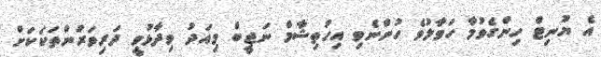
އެ ޔުނިޓް ހިންގެވުމާ ހަވާލުވެ ހުންނެވި އިހުތިޝާމް ނަޖީބް މިއަދު ވިދާޅުވީ ދަރިވަރުންތަކަކަށް